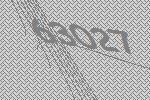
63027